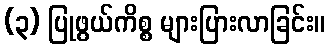
(၃) ပြုဖွယ်ကိစ္စ များပြားလာခြင်း။